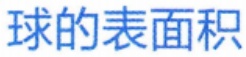
球的表面积